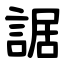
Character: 䛯